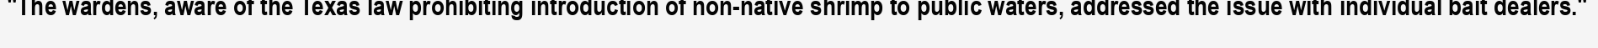
"The wardens, aware of the Texas law prohibiting introduction of non-native shrimp to public waters, addressed the issue with individual bait dealers."